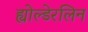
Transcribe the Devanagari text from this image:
ह्योल्डेरलिन